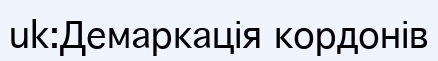
uk:Демаркація кордонів